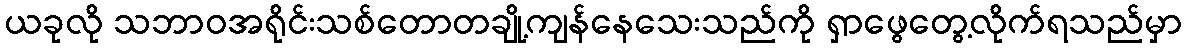
ယခုလို သဘာဝအရိုင်းသစ်တောတချို့ကျန်နေသေးသည်ကို ရှာဖွေတွေ့လိုက်ရသည်မှာ